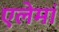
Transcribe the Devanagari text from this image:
एलेमां